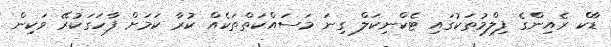
ޑާކް ރެއިންގެ ފިލްމުތަކުގައި ޓެކްނިކަލް ގިނަ މަސައްކަތްތަކެއް ކުރާ ކަމަށް ފާހަގަކުރޭ ވަކިން